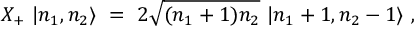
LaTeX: X _ { + } \ | n _ { 1 } , n _ { 2 } \rangle \ = \ 2 \sqrt { ( n _ { 1 } + 1 ) n _ { 2 } } \ | n _ { 1 } + 1 , n _ { 2 } - 1 \rangle \ ,